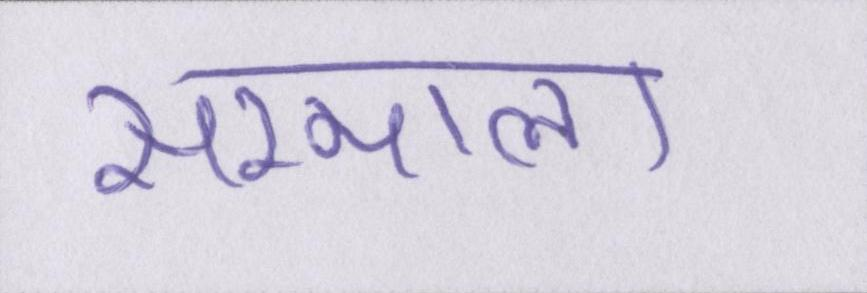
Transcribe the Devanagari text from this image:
सम्भाला